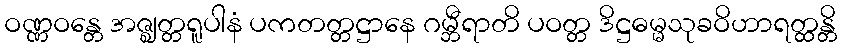
ဝဏ္ဏဝန္တေ အဇ္ဈတ္တရူပါနံ ပကတတ္တဋ္ဌာနေ ဂမ္ဘီရာတိ ပဝတ္တ ဒိဋ္ဌဓမ္မသုခဝိဟာရတ္ထန္တိ